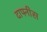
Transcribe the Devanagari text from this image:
दाफ्नीस